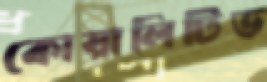
কোয়ালিটিভ